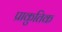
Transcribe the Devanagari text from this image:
प्राकुतिक